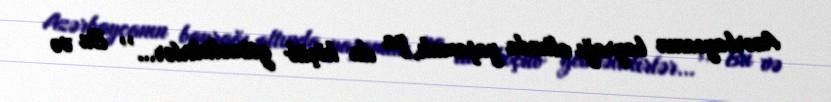
Azərbaycanın bayrağı altında yaşamalı, ya da köçüb getməlidirlər...’’ Bu və